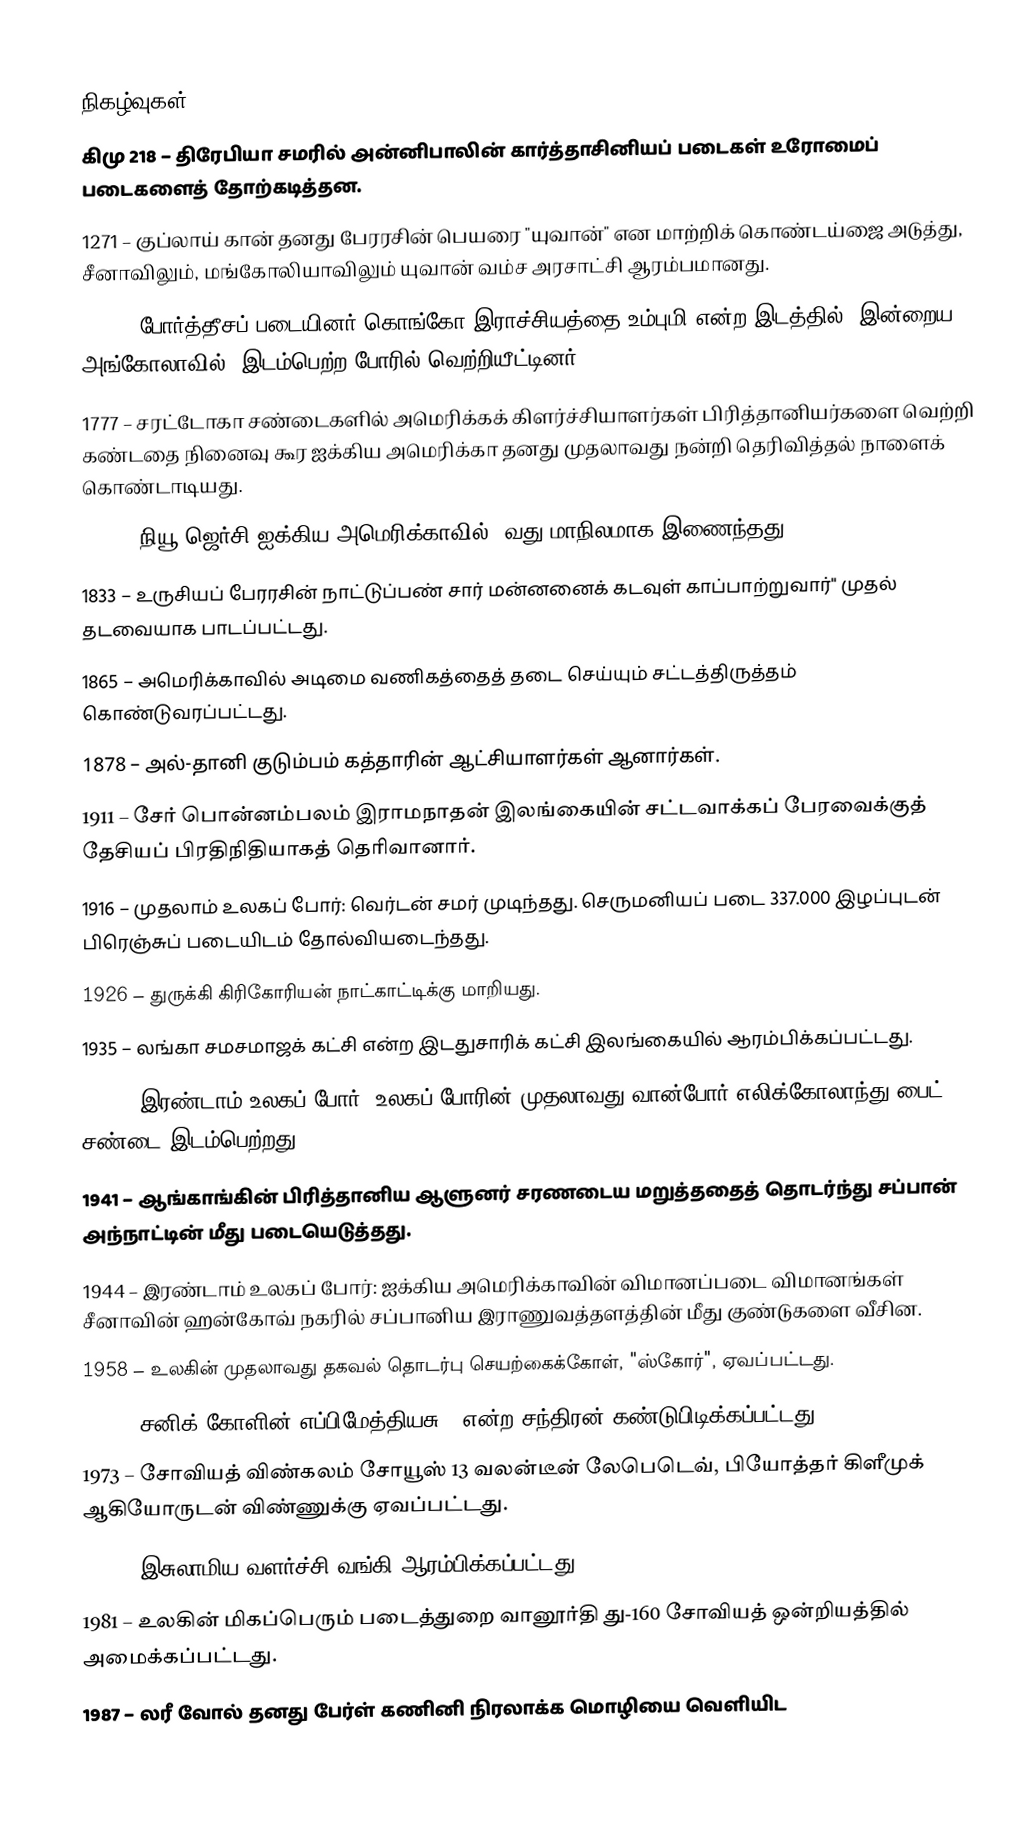

நிகழ்வுகள்
கிமு 218 – திரேபியா சமரில் அன்னிபாலின் கார்த்தாசினியப் படைகள் உரோமைப் படைகளைத் தோற்கடித்தன.
1271 – குப்லாய் கான் தனது பேரரசின் பெயரை "யுவான்" என மாற்றிக் கொண்டய்ஜை அடுத்து, சீனாவிலும், மங்கோலியாவிலும் யுவான் வம்ச அரசாட்சி ஆரம்பமானது.
1622 – போர்த்தீசப் படையினர் கொங்கோ இராச்சியத்தை உம்புமி என்ற இடத்தில் (இன்றைய அங்கோலாவில்) இடம்பெற்ற போரில் வெற்றியீட்டினர்.
1777 – சரட்டோகா சண்டைகளில் அமெரிக்கக் கிளர்ச்சியாளர்கள் பிரித்தானியர்களை வெற்றி கண்டதை நினைவு கூர ஐக்கிய அமெரிக்கா தனது முதலாவது நன்றி தெரிவித்தல் நாளைக் கொண்டாடியது.
1787 – நியூ ஜெர்சி ஐக்கிய அமெரிக்காவில் 3வது மாநிலமாக இணைந்தது.
1833 – உருசியப் பேரரசின் நாட்டுப்பண் சார் மன்னனைக் கடவுள் காப்பாற்றுவார்" முதல் தடவையாக பாடப்பட்டது.
1865 – அமெரிக்காவில் அடிமை வணிகத்தைத் தடை செய்யும் சட்டத்திருத்தம் கொண்டுவரப்பட்டது.
1878 – அல்-தானி குடும்பம் கத்தாரின் ஆட்சியாளர்கள் ஆனார்கள்.
1911 – சேர் பொன்னம்பலம் இராமநாதன் இலங்கையின் சட்டவாக்கப் பேரவைக்குத் தேசியப் பிரதிநிதியாகத் தெரிவானார்.
1916 – முதலாம் உலகப் போர்: வெர்டன் சமர் முடிந்தது. செருமனியப் படை 337.000 இழப்புடன் பிரெஞ்சுப் படையிடம் தோல்வியடைந்தது.
1926 – துருக்கி கிரிகோரியன் நாட்காட்டிக்கு மாறியது.
1935 – லங்கா சமசமாஜக் கட்சி என்ற இடதுசாரிக் கட்சி இலங்கையில் ஆரம்பிக்கப்பட்டது.
1939 – இரண்டாம் உலகப் போர்: உலகப் போரின் முதலாவது வான்போர் எலிக்கோலாந்து பைட் சண்டை இடம்பெற்றது.
1941 – ஆங்காங்கின் பிரித்தானிய ஆளுனர் சரணடைய மறுத்ததைத் தொடர்ந்து சப்பான் அந்நாட்டின் மீது படையெடுத்தது.
1944 – இரண்டாம் உலகப் போர்: ஐக்கிய அமெரிக்காவின் விமானப்படை விமானங்கள் சீனாவின் ஹன்கோவ் நகரில் சப்பானிய இராணுவத்தளத்தின் மீது குண்டுகளை வீசின.
1958 – உலகின் முதலாவது தகவல் தொடர்பு செயற்கைக்கோள், "ஸ்கோர்", ஏவப்பட்டது.
1966 – சனிக் கோளின் எப்பிமேத்தியசு'' என்ற சந்திரன் கண்டுபிடிக்கப்பட்டது.
1973 – சோவியத் விண்கலம் சோயூஸ் 13 வலன்டீன் லேபெடெவ், பியோத்தர் கிளீமுக் ஆகியோருடன் விண்ணுக்கு ஏவப்பட்டது.
1973 – இசுலாமிய வளர்ச்சி வங்கி ஆரம்பிக்கப்பட்டது.
1981 – உலகின் மிகப்பெரும் படைத்துறை வானூர்தி து-160 சோவியத் ஒன்றியத்தில் அமைக்கப்பட்டது.
1987 – லரீ வோல் தனது பேர்ள் கணினி நிரலாக்க மொழியை வெளியிட